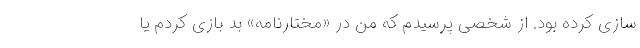
سازی کرده بود. از شخصی پرسیدم که من در «مختارنامه» بد بازی کردم یا